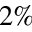
2 \%